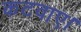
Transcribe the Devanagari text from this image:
कटवाए।